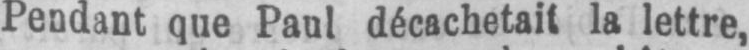
Pendant que Paul décachetait la lettre,